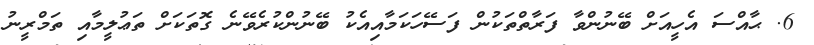
6. ޙާއްސަ އެހީއަށް ބޭނުންވާ ފަރާތްތަކުން ފަސޭހަކަމާއިއެކު ބޭނުންކުރެވޭނެ ގޮތަކަށް ތަޢުލީމާއި ތަމްރީނު